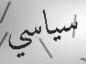
سياسي